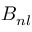
B _ { n l }